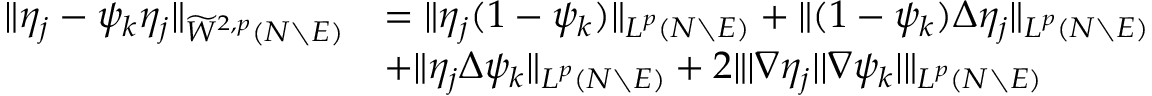
\begin{array} { r l } { \| \eta _ { j } - \psi _ { k } \eta _ { j } \| _ { \widetilde { W } ^ { 2 , p } ( N \setminus E ) } } & { = \| \eta _ { j } ( 1 - \psi _ { k } ) \| _ { L ^ { p } ( N \setminus E ) } + \| ( 1 - \psi _ { k } ) \Delta \eta _ { j } \| _ { L ^ { p } ( N \setminus E ) } } \\ & { + \| \eta _ { j } \Delta \psi _ { k } \| _ { L ^ { p } ( N \setminus E ) } + 2 \| | \nabla \eta _ { j } | | \nabla \psi _ { k } | \| _ { L ^ { p } ( N \setminus E ) } } \end{array}